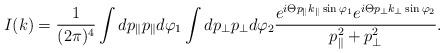
LaTeX: \begin{align*}I(k)=\frac{1}{(2\pi)^4}\int dp_{\parallel}p_{\parallel}d\varphi_1\int dp_{\perp}p_{\perp}d\varphi_2\frac{e^{i\Theta p_{\parallel}k_{\parallel}\sin\varphi_1}e^{i\Theta p_{\perp}k_{\perp}\sin\varphi_2}}{p^2_{\parallel}+p^2_{\perp}}.\end{align*}